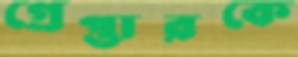
গ্রেপ্তারকে